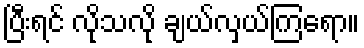
ပြီးရင် လိုသလို ချယ်လှယ်ကြရော။